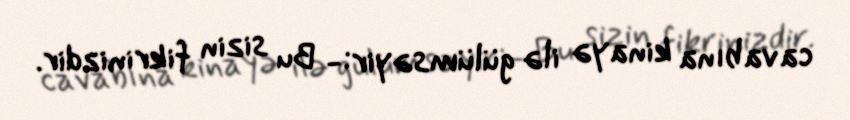
cavabına kinayə ilə gülümsəyir:- Bu sizin fikrinizdir.